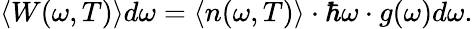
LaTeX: \langle W(\omega,T)\rangle d\omega=\langle n(\omega,T)\rangle\cdot\hbar\omega\cdot g(\omega)d\omega.